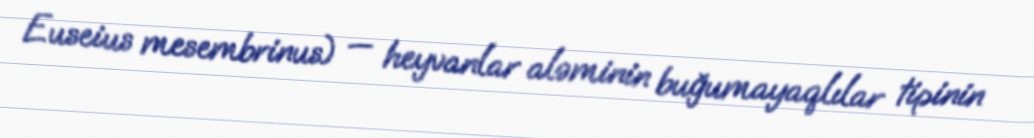
Euseius mesembrinus) — heyvanlar aləminin buğumayaqlılar tipinin